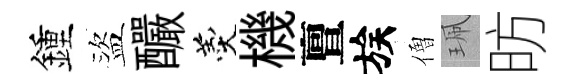
鍾盜釅羹機亶族僧珮昉